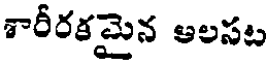
శారీరకమైన ఆలసట